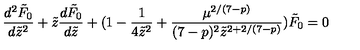
\frac { d ^ { 2 } \tilde { F } _ { 0 } } { d \tilde { z } ^ { 2 } } + \tilde { z } \frac { d \tilde { F } _ { 0 } } { d \tilde { z } } + ( 1 - \frac { 1 } { 4 \tilde { z } ^ { 2 } } + \frac { \mu ^ { 2 / ( 7 - p ) } } { ( 7 - p ) ^ { 2 } \tilde { z } ^ { 2 + 2 / ( 7 - p ) } } ) \tilde { F } _ { 0 } = 0